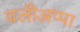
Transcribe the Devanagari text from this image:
वलीअप्पा